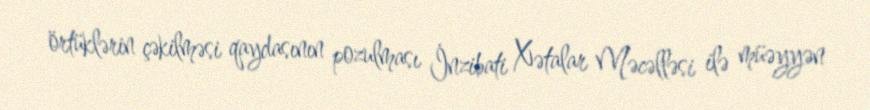
örtüklərin çəkilməsi qaydasının pozulması İnzibati Xətalar Məcəlləsi ilə müəyyən